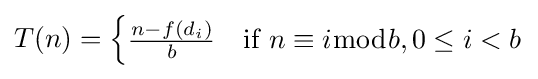
T(n)={\begin{cases}{\frac {n-f(d_{i})}{b}}&{\text{if }}n\equiv i{\bmod {b}},0\leq i<b\end{cases}}